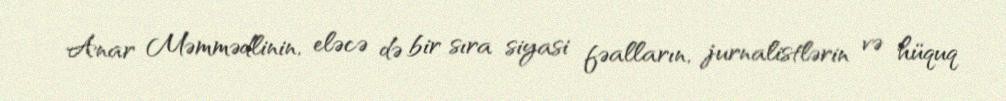
Anar Məmmədlinin, eləcə də bir sıra siyasi fəalların, jurnalistlərin və hüquq